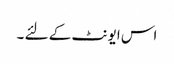
اس ایونٹ کے لئے ۔